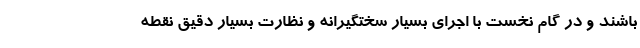
باشند و در گام نخست با اجرای بسیار سختگیرانه و نظارت بسیار دقیق نقطه